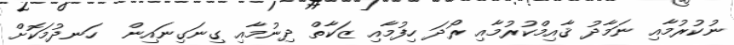
ނުކުރުމާއި ނަމާދު ޤާއިމްކުރުމާއި ރޯދަ ހިފުމާއި ޒަކާތް ދިނުމާއި ގިނަގިނައިން  ހަނދުމަކޮށް